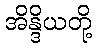
အိန္ဒိယတို့